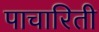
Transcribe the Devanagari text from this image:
पाचारिती